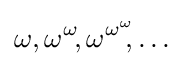
\omega ,\omega ^{\omega }\!,\omega ^{\omega ^{\omega }}\!\!,\ldots